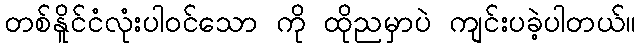
တစ်နိူင်ငံလုံးပါဝင်သော ကို ထိုညမှာပဲ ကျင်းပခဲ့ပါတယ်။